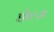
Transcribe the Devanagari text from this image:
होल्ज़